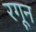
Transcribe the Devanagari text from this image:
रगून